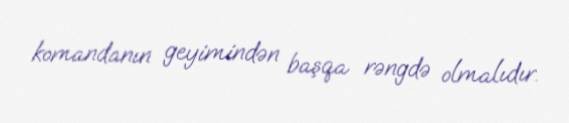
komandanın geyimindən başqa rəngdə olmalıdır.